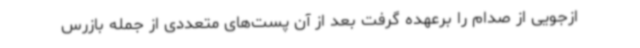
ازجویی از صدام را برعهده گرفت بعد از آن پست‌های متعددی از جمله بازرس